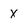
Character: x